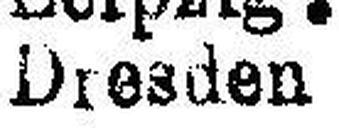
Dresden